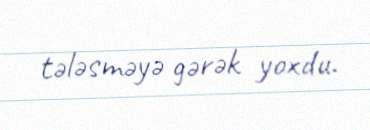
tələsməyə gərək yoxdu.